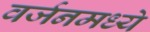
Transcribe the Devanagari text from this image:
वर्जनमध्ये